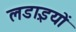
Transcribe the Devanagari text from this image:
लडा़इयों